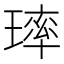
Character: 㻭